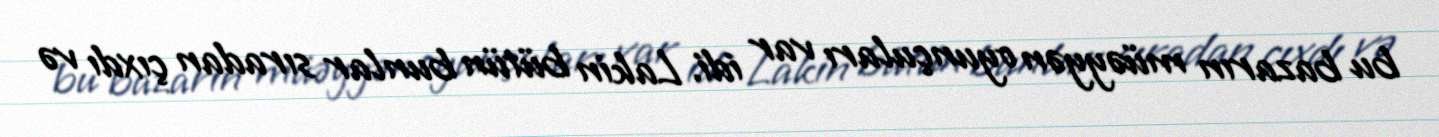
bu bazarın müəyyən oyunçuları var idi. Lakin bütün bunlar sıradan çıxdı və